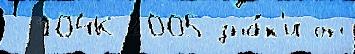
- 104К-2005 зна́к'и он